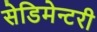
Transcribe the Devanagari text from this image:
सेडिमेन्टरी